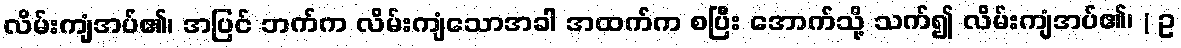
လိမ်းကျံအပ်၏၊ အပြင် ဘက်က လိမ်းကျံသောအခါ အထက်က စပြီး အောက်သို့ သက်၍ လိမ်းကျံအပ်၏၊ ( ဥ